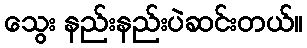
သွေး နည်းနည်းပဲဆင်းတယ်။